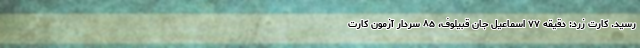
رسید. کارت زرد: دقیقه ۷۷ اسماعیل ‌جان قبیلوف، ۸۵ سردار آزمون کارت